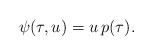
LaTeX: \begin{align*}\psi(\tau,u)=u\,p(\tau).\end{align*}